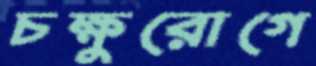
চক্ষুরোগে